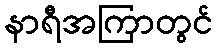
နာရီအကြာတွင်